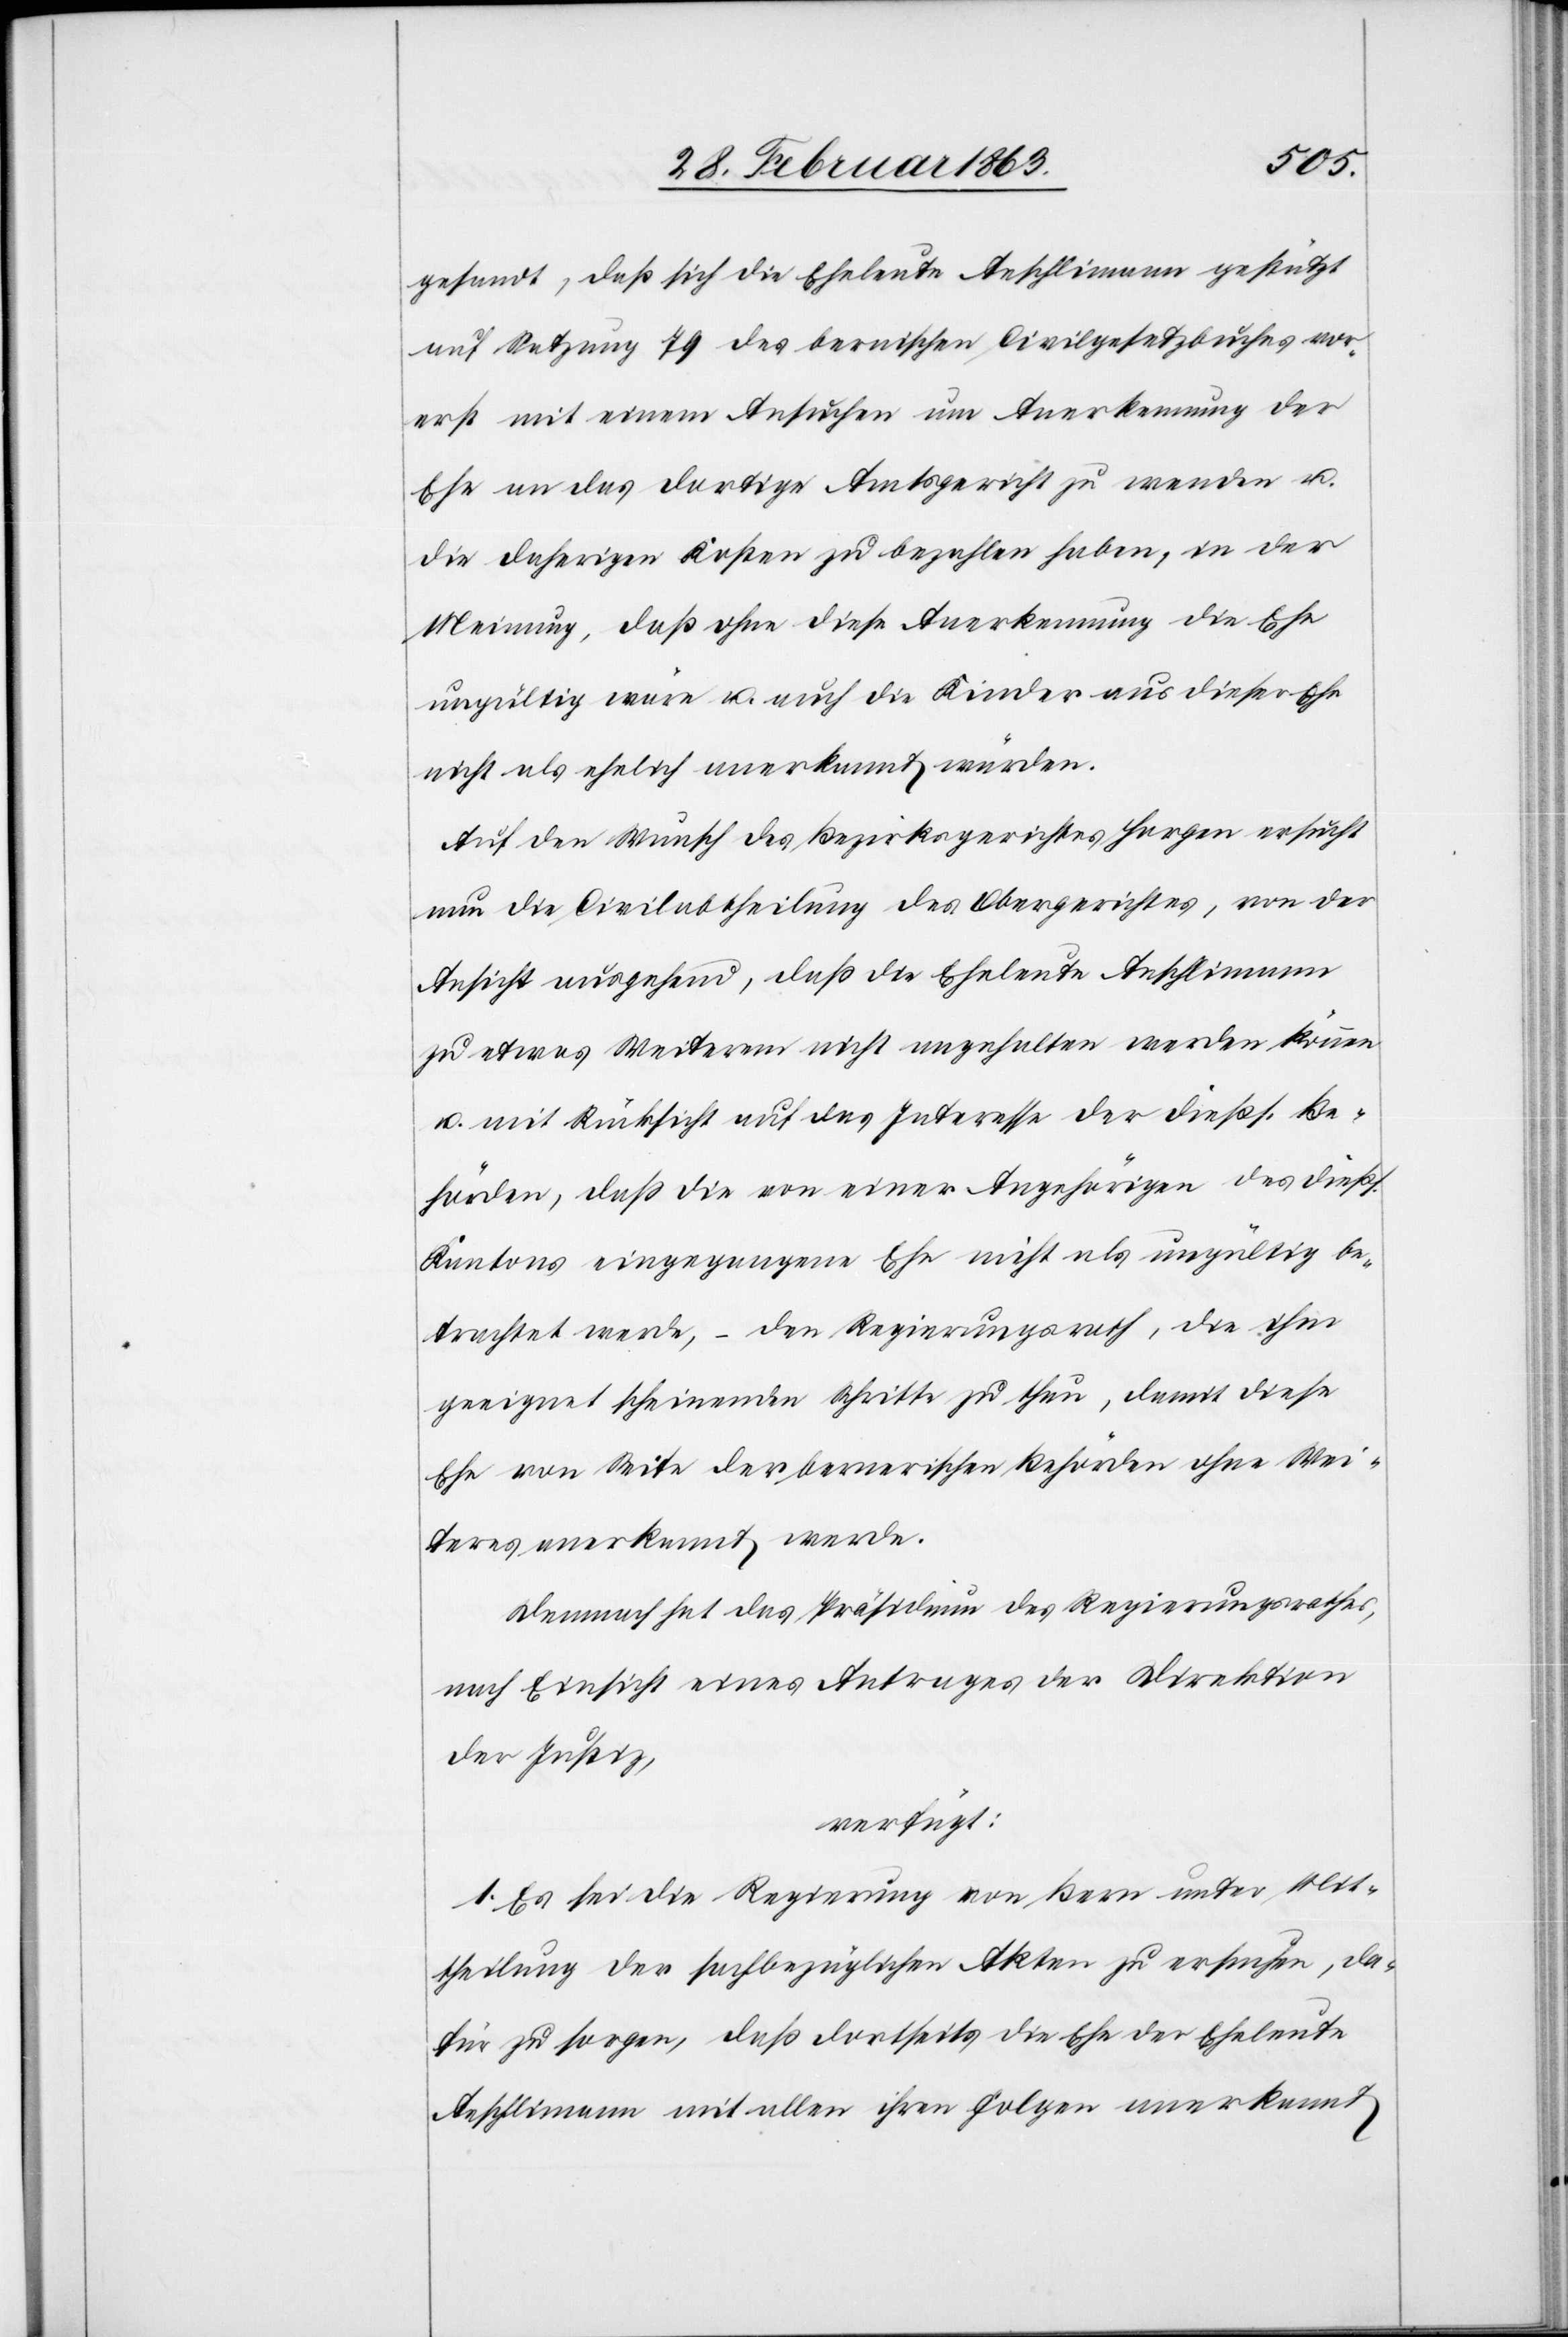
gesandt, daß sich die Eheleute Aeschlimann gestützt
auf Setzung 79 des bernischen Civilgesetzbuches vor¬
erst mit einem Ansuchen um Anerkennung der
Ehe an das dortige Amtsgericht zu wenden u.
die daherigen Kosten zu bezahlen habe, in der
Meinung, daß ohne diese Anerkennung die Ehe
ungültig wäre u. auch die Kinder aus dieser Ehe
nicht als ehelich anerkannt würden.
Auf den Wunsch des Bezirksgerichtes Horgen ersucht
nun die Civilabtheilung des Obergerichtes, von der
Ansicht ausgehend, daß die Eheleute Aeschlimann
zu etwas Weiterem nicht angehalten werden können
u. mit Rücksicht auf das Interesse der dießs. Be¬
hörden, daß die von einer Angehörigen des dießs.
Kantons eingegangene Ehe nicht als ungültig be¬
trachtet werde, – den Regierungsrath, die ihm
geeignet scheinenden Schritte zu thun, damit diese
Ehe von Seite der bernerischen Behörden ohne Wei¬
teres anerkannt werde.
Demnach hat das Präsidium des Regierungsrathes,
nach Einsicht eines Antrages der Direktion
der Justiz,
verfügt:
1. Es sei die Regierung von Bern unter Mit¬
theilung der sachbezüglichen Akten zu ersuchen, da¬
für zu sorgen, daß dortseits die Ehe der Eheleute
Aeschlimann mit allen ihren Folgen anerkannt